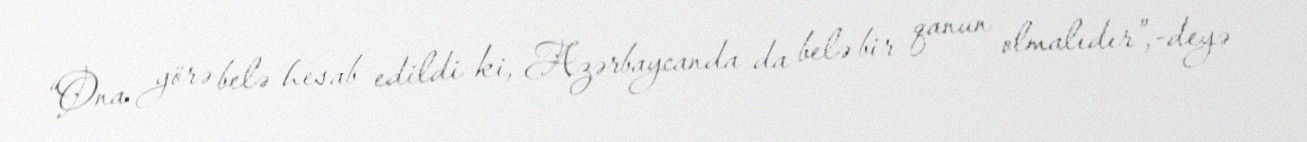
“Ona görə belə hesab edildi ki, Azərbaycanda da belə bir qanun olmalıdır”,-deyə